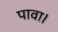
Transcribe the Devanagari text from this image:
पावा।